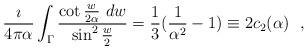
LaTeX: \begin{align*}{\imath\over 4\pi\alpha}\int_{\Gamma}{\cot {w\over 2\alpha}~dw\over \sin^2{w\over 2}}={1\over 3}({1\over \alpha^2}-1)\equiv 2c_2(\alpha )~~,\end{align*}